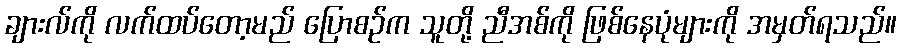
ချားလ်ကို လက်ထပ်တော့မည် ပြောစဉ်က သူတို့ ညီအစ်ကို ဖြစ်နေပုံများကို အမှတ်ရသည်။